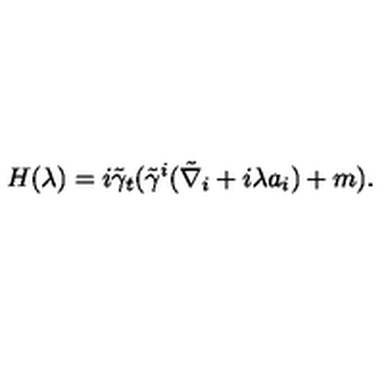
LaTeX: H ( \lambda ) = i \tilde { \gamma } _ { t } ( \tilde { \gamma } ^ { i } ( \tilde { \nabla } _ { i } + i \lambda a _ { i } ) + m ) .